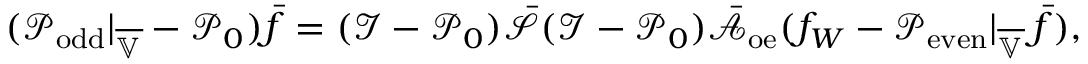
( \mathcal { P } _ { \mathrm { o d d } } | _ { \overline { { \mathbb { V } } } } - \mathcal { P } _ { 0 } ) \bar { f } = ( \mathcal { I } - \mathcal { P } _ { 0 } ) \bar { \mathcal { S } } ( \mathcal { I } - \mathcal { P } _ { 0 } ) \bar { \mathcal { A } } _ { \mathrm { o e } } ( f _ { W } - \mathcal { P } _ { \mathrm { e v e n } } | _ { \overline { { \mathbb { V } } } } \, \bar { f } ) ,